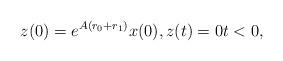
LaTeX: \begin{align*}z(0)=e^{A(r_0+r_1)}x(0), z(t)=0t<0,\end{align*}